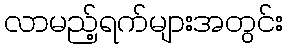
လာမည့်ရက်များအတွင်း